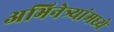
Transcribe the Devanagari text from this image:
अभिनेत्र्यांमध्ये